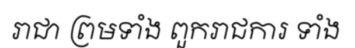
រាជា ព្រមទាំង ពួករាជការ ទាំង